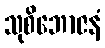
သုစိဘောဇနံ